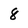
Character: 8